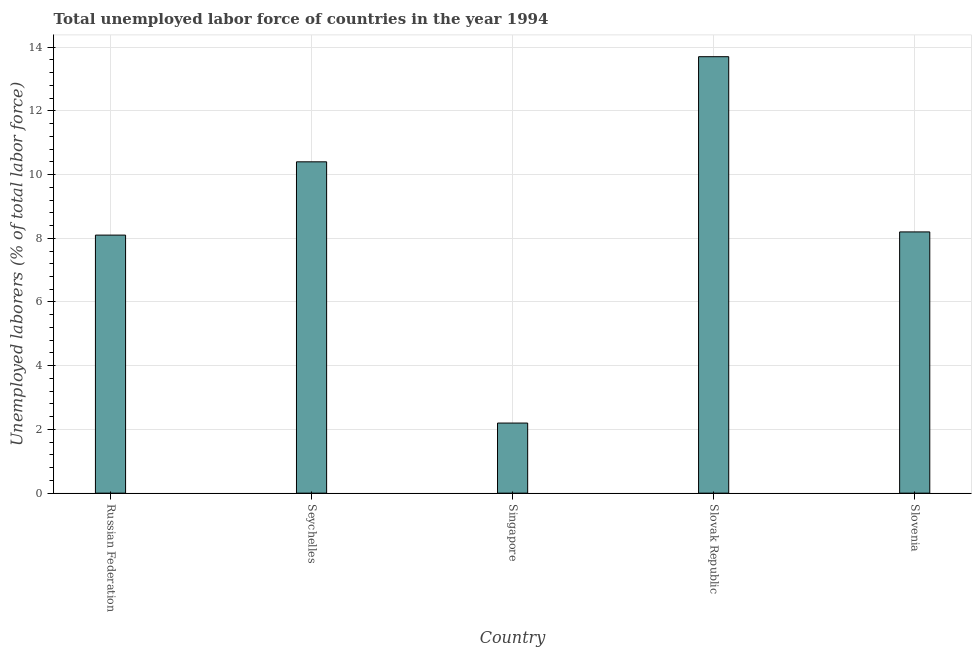
| Country | Unemployment total |
 | --- | --- |
 | Russian Federation | 8.1 |
 | Seychelles | 10.4 |
 | Singapore | 2.2 |
 | Slovak Republic | 13.7 |
 | Slovenia | 8.2 |